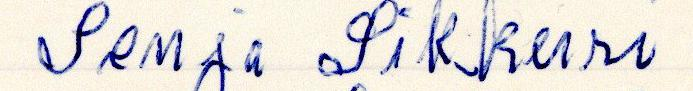
Irmaa Sikkuri